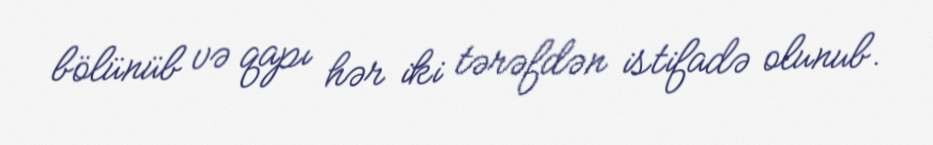
bölünüb və qapı hər iki tərəfdən istifadə olunub.